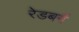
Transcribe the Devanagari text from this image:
रेडबर्ग